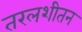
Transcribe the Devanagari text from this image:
तरलशीतन